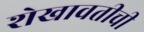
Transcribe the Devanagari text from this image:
शेखावतीची